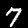
Digit: 7